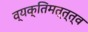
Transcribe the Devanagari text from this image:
व्यक्तिमत्त्त्व